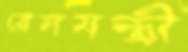
রেলমন্ত্রী